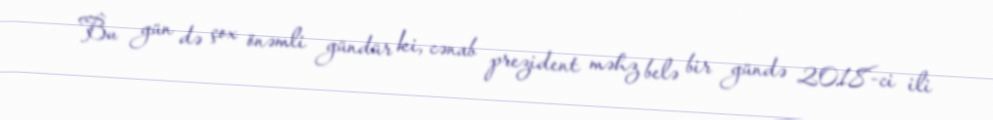
Bu gün də çox önəmli gündür ki, cənab prezident məhz belə bir gündə 2018-ci ili